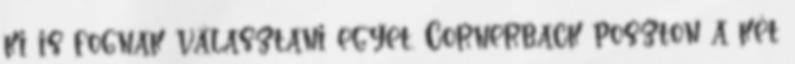
ki is fognak választani egyet. Cornerback poszton a két